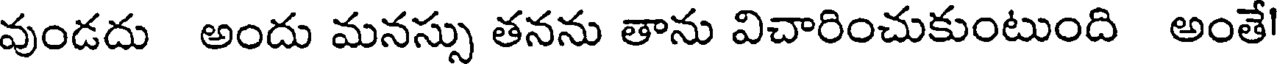
వుండదు అందు మనస్సు తనను తాను విచారించుకుంటుంది అంతే